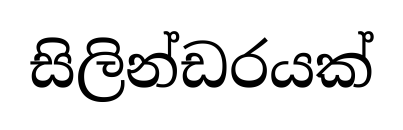
සිලින්ඩරයක්